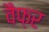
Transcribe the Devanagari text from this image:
वैफ़र